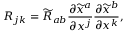
R _ { j k } = { \widetilde { R } } _ { a b } { \frac { \partial { \widetilde { x } } ^ { a } } { \partial x ^ { j } } } { \frac { \partial { \widetilde { x } } ^ { b } } { \partial x ^ { k } } } ,